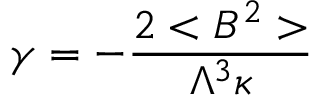
\gamma = - \frac { 2 < B ^ { 2 } > } { \Lambda ^ { 3 } \kappa }